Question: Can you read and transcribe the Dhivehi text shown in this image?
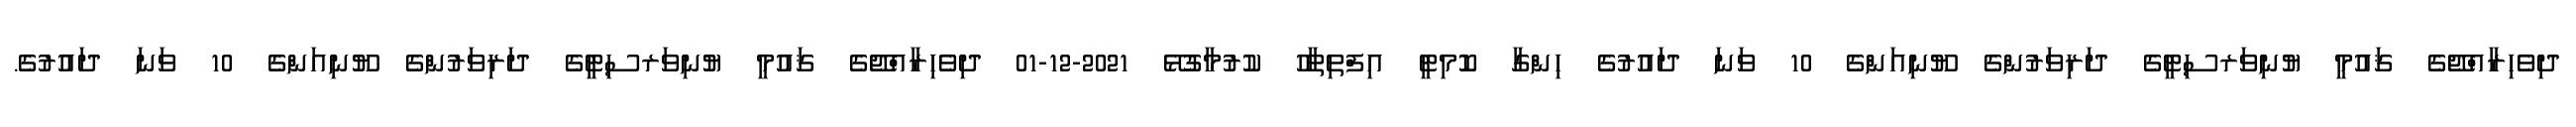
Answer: ދިވެހިރާއްޖޭގެ ޤައުމީ ޔުނިވަރސިޓީގެ ދަރިވަރުންގެ ޔޫނިއަންގެ 10 ވަނަ ދައުރުގެ ހިންގާ ކޮމިޓީ އިފްތިތާހު ކުރުމާގުޅޭ 2021-12-01 ދިވެހިރާއްޖޭގެ ޤައުމީ ޔުނިވަރސިޓީގެ ދަރިވަރުންގެ ޔޫނިއަންގެ 10 ވަނަ ދައުރުގެ.